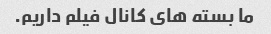
ما بسته های کانال فیلم داریم.